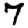
Digit: 7